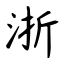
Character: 浙